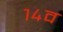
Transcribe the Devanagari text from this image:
१४व